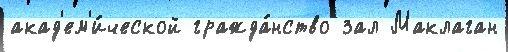
акад'ем'и́ческой гражда́нство зал Маклаган